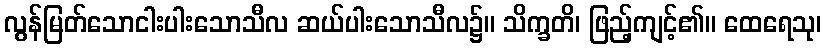
လွန်မြတ်သောငါးပါးသောသီလ ဆယ်ပါးသောသီလ၌။ သိက္ခတိ၊ ဖြည့်ကျင့်၏။ ထေရေသု၊